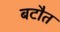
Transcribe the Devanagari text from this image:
बटौत